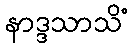
နာဒ္ဒသာသိံ